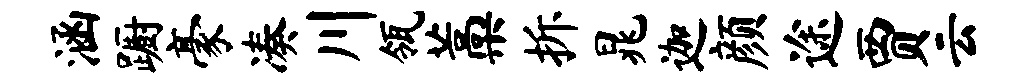
涵蹰豪凑川瓴藁拆晁迦颜途贾云